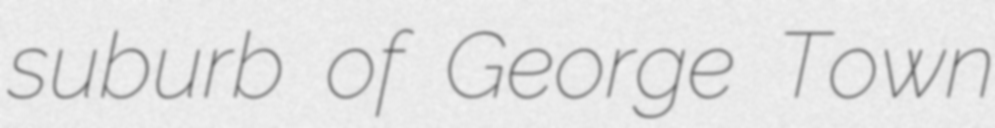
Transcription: suburb of George Town